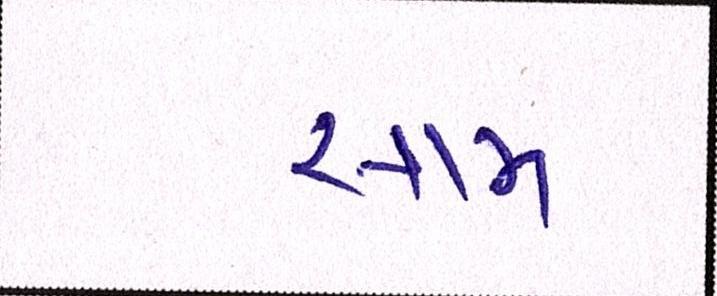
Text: સામ